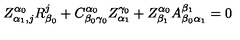
Z _ { \alpha _ { 1 } , j } ^ { \alpha _ { 0 } } R _ { \beta _ { 0 } } ^ { j } + C _ { \beta _ { 0 } \gamma _ { 0 } } ^ { \alpha _ { 0 } } Z _ { \alpha _ { 1 } } ^ { \gamma _ { 0 } } + Z _ { \beta _ { 1 } } ^ { \alpha _ { 0 } } A _ { \beta _ { 0 } \alpha _ { 1 } } ^ { \beta _ { 1 } } = 0